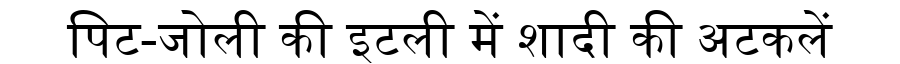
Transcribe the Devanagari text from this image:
पिट-जोली की इटली में शादी की अटकलें